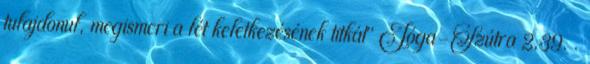
tulajdonul, megismeri a lét keletkezésének titkát" Jóga-Szútra 2,39. .